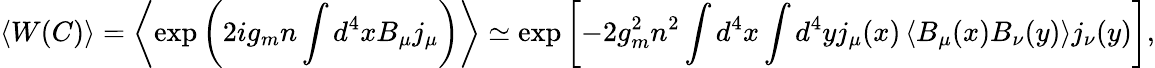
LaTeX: \left<W(C)\right>=\left<\exp\left(2ig_{m}n\int d^{4}xB_{\mu}j_{\mu}\right)\right>\simeq\exp\left[-2g_{m}^{2}n^{2}\int d^{4}x\int d^{4}yj_{\mu}(x)\left<B_{\mu}(x)B_{\nu}(y)\right>j_{\nu}(y)\right],